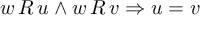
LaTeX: w \, R \, u \land w \, R \, v \Rightarrow u = v